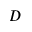
D